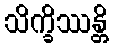
သိက္ခိဿန္တိ